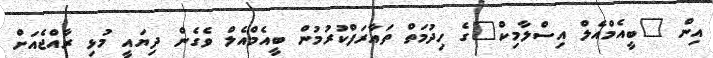
އިން "ބީއެމްއެލް އިސްލާމިކް"ގެ ހިދުމަތް ތައާރަފްކުރުމުން ބީއެމްއެލް ވެގެން ދިޔައީ މުޅި ރާއްޖެއަށް